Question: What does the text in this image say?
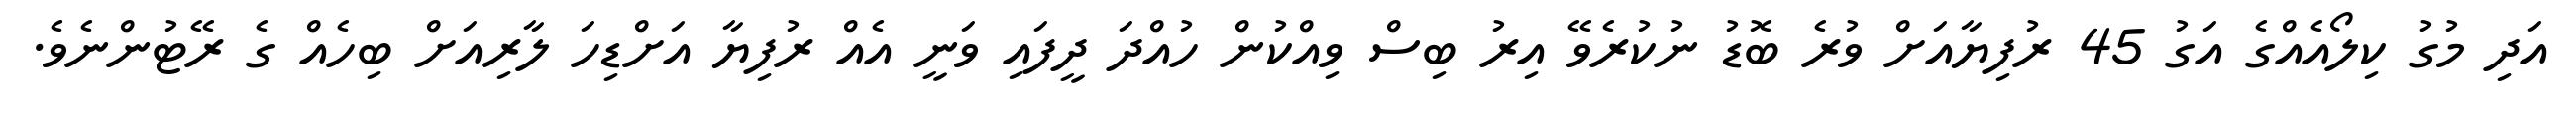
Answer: އަދި މުގު ކިލޯއެއްގެ އަގު 45 ރުފިޔާއަށް ވުރެ ބޮޑު ނުކުރެވޭ އިރު ބިސް ވިއްކުން ހުއްދަ ދީފައި ވަނީ އެއް ރުފިޔާ އަށްޑިހަ ލާރިއަށް ބިހެއް ގެ ރޭޓުންނެވެ.